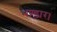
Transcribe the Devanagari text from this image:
भण्डार।